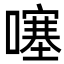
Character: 噻